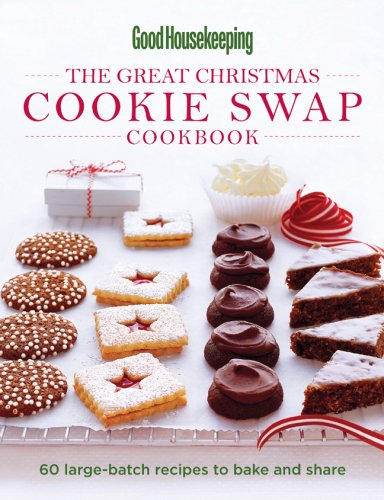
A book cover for Good Housekeeping The Great Christmas Cookie Swap Cookbook: 60 Large-Batch Recipes to Bake and Share; Cookbooks, Food & Wine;